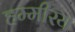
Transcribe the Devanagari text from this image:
हम्मीरय